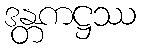
ဒန္တကဋ္ဌဿ